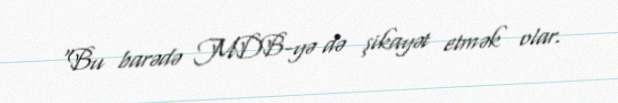
“Bu barədə MDB-yə də şikayət etmək olar.